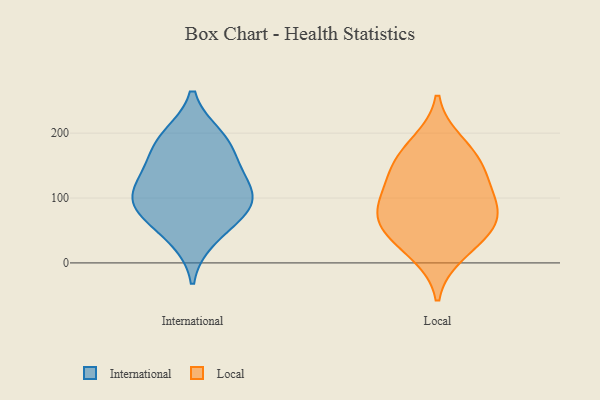
{"axis": {"x": "Shipments", "y": "Value"}, "legend": ["International", "Local"], "data": [{"x": "", "y": 91, "type": "International"}, {"x": "", "y": 163, "type": "International"}, {"x": "", "y": 37, "type": "International"}, {"x": "", "y": 195, "type": "International"}, {"x": "", "y": 88, "type": "International"}, {"x": "", "y": 98, "type": "International"}, {"x": "", "y": 71, "type": "International"}, {"x": "", "y": 125, "type": "International"}, {"x": "", "y": 189, "type": "International"}, {"x": "", "y": 132, "type": "International"}, {"x": "", "y": 122, "type": "Local"}, {"x": "", "y": 78, "type": "Local"}, {"x": "", "y": 97, "type": "Local"}, {"x": "", "y": 185, "type": "Local"}, {"x": "", "y": 15, "type": "Local"}, {"x": "", "y": 146, "type": "Local"}, {"x": "", "y": 75, "type": "Local"}, {"x": "", "y": 45, "type": "Local"}, {"x": "", "y": 158, "type": "Local"}, {"x": "", "y": 53, "type": "Local"}]}